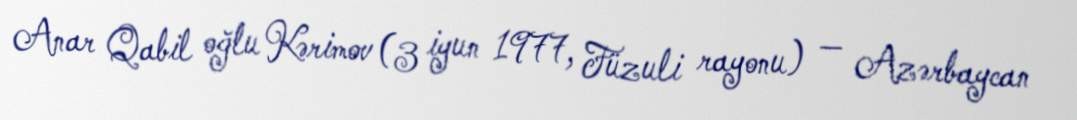
Anar Qabil oğlu Kərimov (3 iyun 1977, Füzuli rayonu) — Azərbaycan